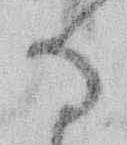
な